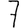
Digit: 7